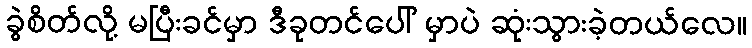
ခွဲစိတ်လို့ မပြီးခင်မှာ ဒီခုတင်ပေါ် မှာပဲ ဆုံးသွားခဲ့တယ်လေ။